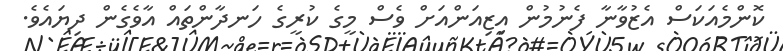
ކޮންމެއަކަސް އެޒުވާނާ ފެނުމުން އިޒިއަންއަށް ވެސް މީގެ ކުރީގެ ހަނދާންތައް އާވެގެން ދިޔައެވެ.